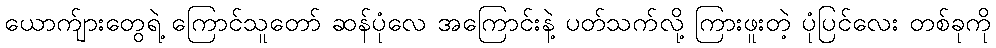
ယောက်ျားတွေရဲ့ ကြောင်သူတော် ဆန်ပုံလေ အကြောင်းနဲ့ ပတ်သက်လို့ ကြားဖူးတဲ့ ပုံပြင်လေး တစ်ခုကို